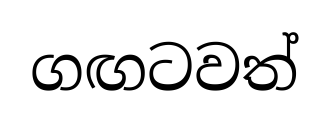
ගඟටවත්